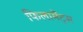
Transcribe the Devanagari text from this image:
फिलामेंट्स